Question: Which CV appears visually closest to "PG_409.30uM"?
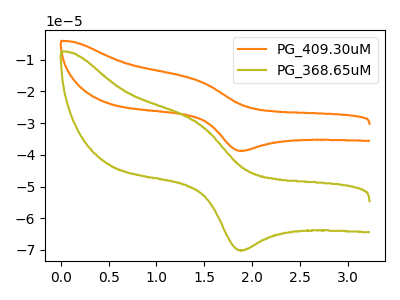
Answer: <think>The orange curve "PG_409.30uM" has an anodic peak at (1.45V, -16.65uA) and a cathodic peak at (1.90V, -38.70uA). The olive curve "PG_368.65uM" has an anodic peak at (1.45V, -30.15uA) and a cathodic peak at (1.90V, -70.05uA).
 All the peaks in "PG_409.30uM" have a peak in "PG_368.65uM" at the same potential.</think>
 <answer>The CV with the most similar shape to "PG_368.65uM" is "PG_409.30uM".</answer>
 <eval>"PG_409.30uM"</eval>